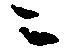
ニ